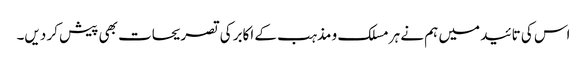
اس کی تائید میں ہم نے ہر مسلک و مذہب کے اکابر کی تصریحات بھی پیش کر دیں۔